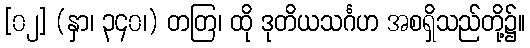
[၀၂] (နှာ၊ ၃၄၀၊) တတြ၊ ထို ဒုတိယသင်္ဂဟ အစရှိသည်တို့၌။